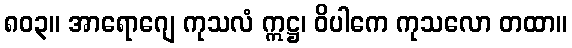
၈၀၃။ အာရောဂျေ ကုသလံ ဣဋ္ဌ၊ ဝိပါကေ ကုသလော တထာ။